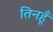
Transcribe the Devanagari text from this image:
तिनहूँ